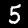
Digit: 5